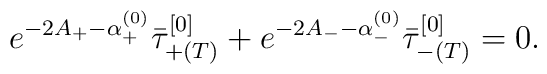
e^{-2A_+-\alpha^{(0)}_+}\bar{\tau}_{+(T)}^{[0]}  + e^{-2A_--\alpha^{(0)}_-}\bar{\tau}_{-(T)}^{[0]} = 0.